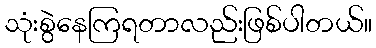
သုံးစွဲနေကြရတာလည်းဖြစ်ပါတယ်။